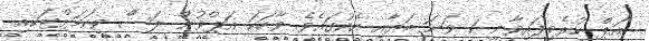
އަޕް ކުރެވިފައިވާނީ 1 ވަނަ ބަޔާއި އެކުގައެވެ. ވާހަކަ އަޕްވުން ލަސް ވިކަމަށްޓަކއި